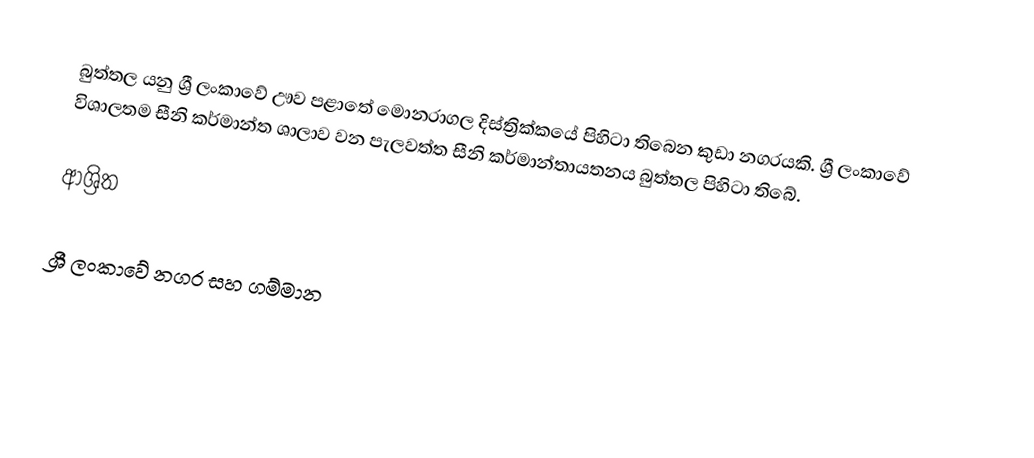
බුත්තල යනු ශ්‍රී ලංකාවේ ඌව පළාතේ මොනරාගල දිස්ත්‍රික්කයේ පිහිටා තිබෙන කුඩා නගරයකි. ශ්‍රී ලංකාවේ විශාලතම සීනි කර්මාන්ත ශාලාව වන පැලවත්ත සීනි කර්මාන්තායතනය බුත්තල පිහිටා තිබේ.

ආශ්‍රිත

ශ්‍රී ලංකාවේ නගර සහ ගම්මාන